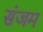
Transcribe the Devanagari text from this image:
संजम